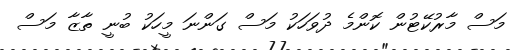
މަސް މާރުކޭޓުން ކޮންމެ ދުވަހަކު މަސް ގަންނަ މީހަކު ބުނީ ތާޒާ މަސް